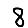
Digit: 8